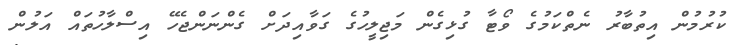
ކުރުމުން އިތުބާރު ނެތްކަމުގެ ވޯޓާ ގުޅިގެން މަޖިލީހުގެ ގަވާއިދަށް ގެންނަންޖެހޭ އިސްލާހުތައް އަލުން